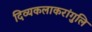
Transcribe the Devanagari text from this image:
दिव्यकलाकरांगुलि